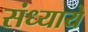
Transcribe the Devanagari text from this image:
संध्याये